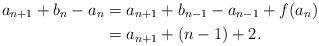
LaTeX: \begin{align*}a_{n+1} + b_n-a_n &= a_{n+1} + b_{n-1} - a_{n-1} + f(a_n)\\&= a_{n+1} + (n-1)+2.\end{align*}